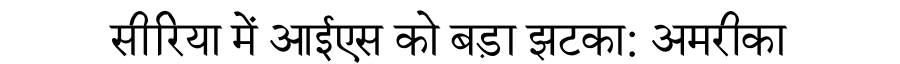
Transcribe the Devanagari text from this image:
सीरिया में आईएस को बड़ा झटका: अमरीका